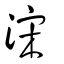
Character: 浨